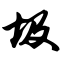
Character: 圾